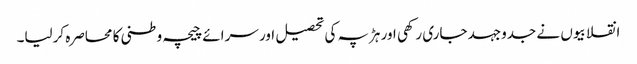
انقلابیوں نے جدوجہد جاری رکھی اور ہڑپہ کی تحصیل اور سرائے چیچہ وطنی کا محاصرہ کرلیا۔